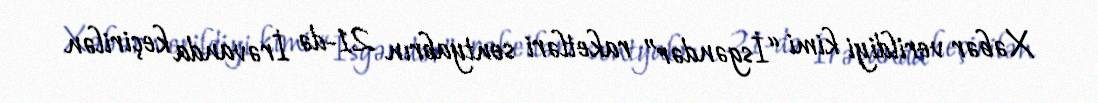
Xəbər verildiyi kimi “İsgəndər” raketləri sentyabrın 21-də İrəvanda keçirilən